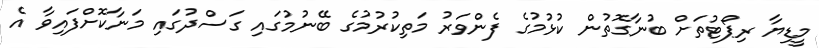
މީޑިޔާ ރިޕޯޓުތަށް ބުނާގޮތުން ކުޅުމުގެ ފެންވަރު މަތިކުރުމުގެ ބޭނުމުގައި ގަސްދުގައި މަނާކޮށްފައިވާ އެ